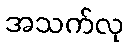
အသက်လု